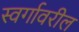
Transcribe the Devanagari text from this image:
स्वर्गावरील